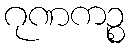
ဂုဏကဉ္စ